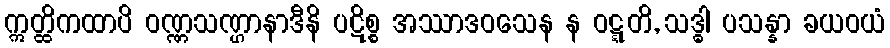
ဣတ္ထိကထာပိ ဝဏ္ဏသဏ္ဌာနာဒီနိ ပဋိစ္စ အဿာဒဝသေန န ဝဋ္ဋတိ, သဒ္ဓါ ပသန္နာ ခယဝယံ